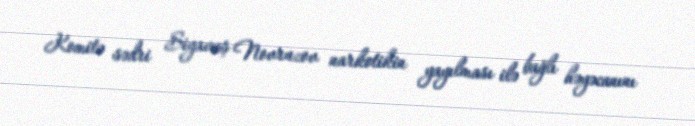
Komitə sədri Siyavuş Novruzov narkotikin yayılması ilə bağlı həyəcanını